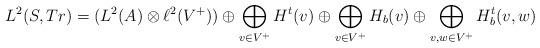
LaTeX: \begin{align*}L^2(S,Tr)=(L^2(A)\otimes \ell^2(V^+))\oplus\bigoplus_{v\in V^+} H^t(v)\oplus\bigoplus_{v\in V^+} H_b(v)\oplus\bigoplus_{v,w\in V^+} H_b^t(v,w)\end{align*}